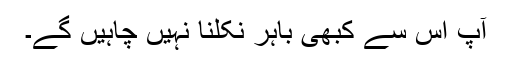
آپ اِس سے کبھی باہر نکلنا نہیں چاہیں گے۔